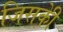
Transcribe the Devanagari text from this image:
जिसकीे